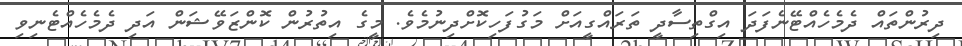
ދިރުންތައް ދެމެހެއްޓޭނެފަދަ އިގްތިސާދީ ތަރައްގީއަށް މަގުފަހިކޮށްދިނުމެވެ. މީގެ އިތުރުން ކޮންޒަވޭޝަން އަދި ދެމެހެއްޓެނިވި